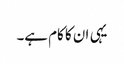
یہی ان کا کام ہے۔